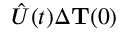
\hat { U } ( t ) \Delta { { \bf T } } ( 0 )